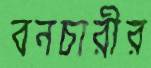
বনচারীর